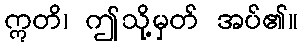
ဣတိ၊ ဤသို့မှတ် အပ်၏။